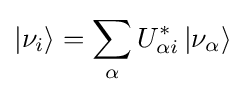
\left|\nu _{i}\right\rangle =\sum _{\alpha }U_{\alpha i}^{*}\left|\nu _{\alpha }\right\rangle